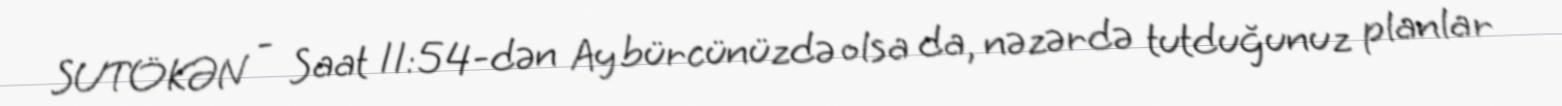
SUTÖKƏN - Saat 11:54-dən Ay bürcünüzdə olsa da, nəzərdə tutduğunuz planlar